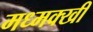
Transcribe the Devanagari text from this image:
मध्मक्खी